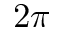
2 \pi